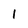
Character: 1